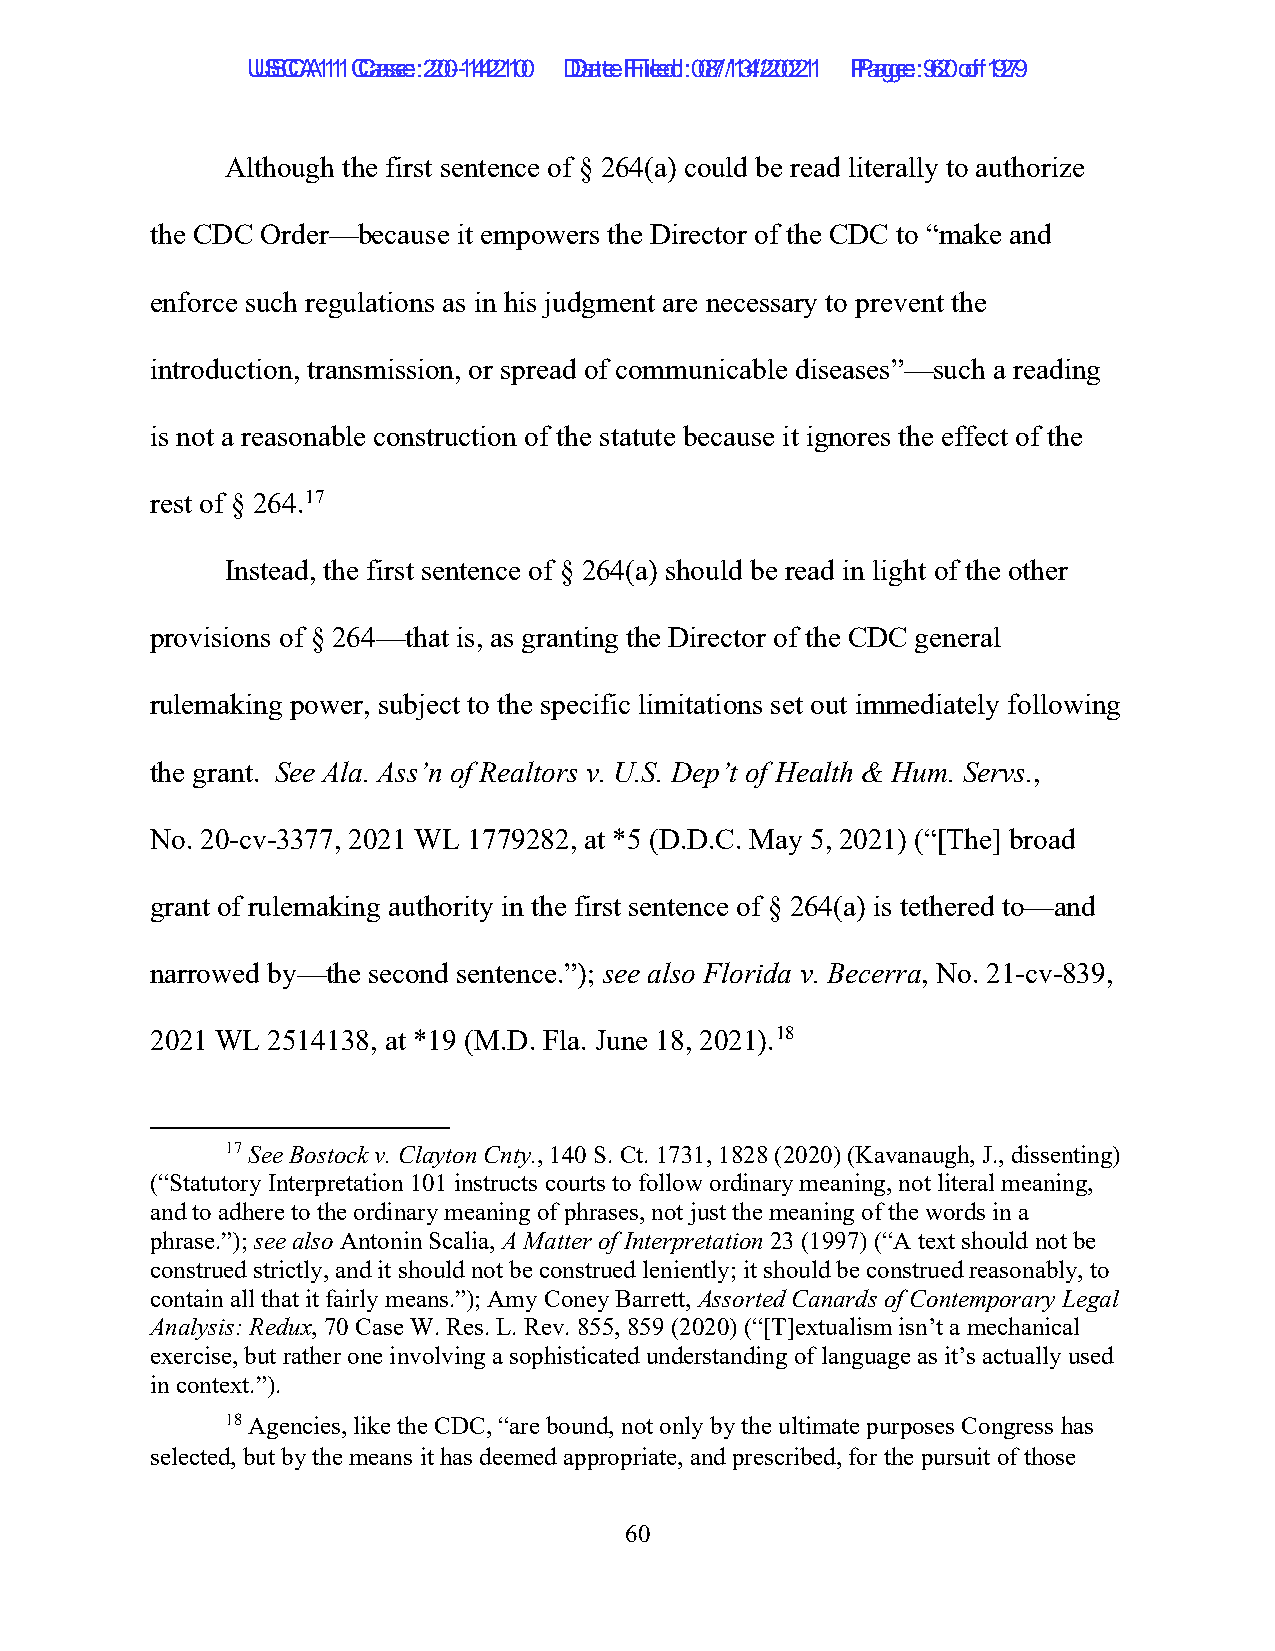
UUSSCCAA1111 C Caassee: :2 200--1144221100 D Daatete F Filieledd: :0 087/1/134/2/2002211 P Paaggee: :9 620 o of f1 9279
 Although the first sentence of § 264(a) could be read literally to authorize
 the CDC Order—because it empowers the Director of the CDC to “make and
 enforce such regulations as in his judgment are necessary to prevent the
 introduction, transmission, or spread of communicable diseases”—such a reading
 is not a reasonable construction of the statute because it ignores the effect of the
 rest of § 264.17
 Instead, the first sentence of § 264(a) should be read in light of the other
 provisions of § 264—that is, as granting the Director of the CDC general
 rulemaking power, subject to the specific limitations set out immediately following
 the grant. See Ala. Ass’n of Realtors v. U.S. Dep’t of Health & Hum. Servs.,
 No. 20-cv-3377, 2021 WL 1779282, at *5 (D.D.C. May 5, 2021) (“[The] broad
 grant of rulemaking authority in the first sentence of § 264(a) is tethered to—and
 narrowed by—the second sentence.”); see also Florida v. Becerra, No. 21-cv-839,
 2021 WL 2514138, at *19 (M.D. Fla. June 18, 2021).18
 17 See Bostock v. Clayton Cnty., 140 S. Ct. 1731, 1828 (2020) (Kavanaugh, J., dissenting)
 (“Statutory Interpretation 101 instructs courts to follow ordinary meaning, not literal meaning,
 and to adhere to the ordinary meaning of phrases, not just the meaning of the words in a
 phrase.”); see also Antonin Scalia, A Matter of Interpretation 23 (1997) (“A text should not be
 construed strictly, and it should not be construed leniently; it should be construed reasonably, to
 contain all that it fairly means.”); Amy Coney Barrett, Assorted Canards of Contemporary Legal
 Analysis: Redux, 70 Case W. Res. L. Rev. 855, 859 (2020) (“[T]extualism isn’t a mechanical
 exercise, but rather one involving a sophisticated understanding of language as it’s actually used
 in context.”).
 18 Agencies, like the CDC, “are bound, not only by the ultimate purposes Congress has
 selected, but by the means it has deemed appropriate, and prescribed, for the pursuit of those
 60